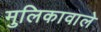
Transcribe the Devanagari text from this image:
मुलिकावाले